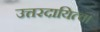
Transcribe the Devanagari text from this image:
उत्तरदायित्व।